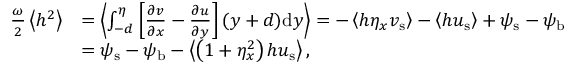
\begin{array} { r l } { \frac { \omega } { 2 } \left< h ^ { 2 } \right> } & { = \left< \int _ { - d } ^ { \eta } \left[ \frac { \partial v } { \partial x } - \frac { \partial u } { \partial y } \right] ( y + d ) \mathrm { d } y \right> = - \left< h \eta _ { x } { v } _ { \mathrm { s } } \right> - \left< h { u } _ { \mathrm { s } } \right> + { \psi } _ { \mathrm { s } } - { \psi } _ { \mathrm { b } } } \\ & { = { \psi } _ { \mathrm { s } } - { \psi } _ { \mathrm { b } } - \left< \left( 1 + \eta _ { x } ^ { 2 } \right) h { u } _ { \mathrm { s } } \right> , } \end{array}